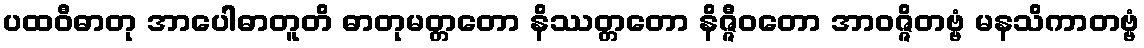
ပထဝီဓာတု အာပေါဓာတူတိ ဓာတုမတ္တတော နိဿတ္တတော နိဇ္ဇီဝတော အာဝဇ္ဇိတဗ္ဗံ မနသိကာတဗ္ဗံ